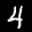
Label: 4